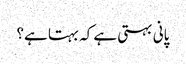
پانی بہتی ہے کہ بہتا ہے؟